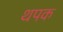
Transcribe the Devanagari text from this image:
थपक